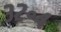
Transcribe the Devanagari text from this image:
३२॰४